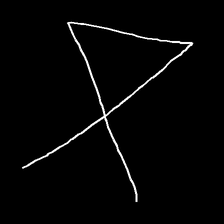
Glyph: collection